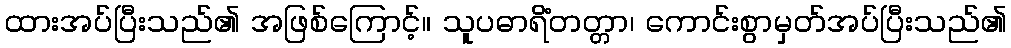
ထားအပ်ပြီးသည်၏ အဖြစ်ကြောင့်။ သူပဓာရိံတတ္တာ၊ ကောင်းစွာမှတ်အပ်ပြီးသည်၏